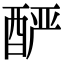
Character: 酽